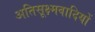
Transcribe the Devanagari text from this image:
अतिसूक्ष्मवादियों